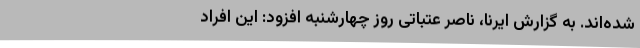
شده‌اند. به گزارش ایرنا، ناصر عتباتی روز چهارشنبه افزود: این افراد